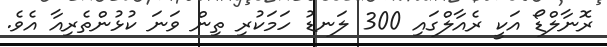
ރޮނާލްޑޯ އަކީ ރެއާލްގައި 300 ލަނޑު ހަމަކުރި ތިން ވަނަ ކުޅުންތެރިއާ އެވެ.